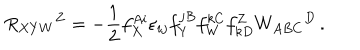
R _ { X Y W } { } ^ { Z } = - \frac 1 2 f _ { X } ^ { A i } \varepsilon _ { i j } f _ { Y } ^ { j B } f _ { W } ^ { k C } f _ { k D } ^ { Z } W _ { A B C } { } ^ { D } \, .